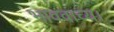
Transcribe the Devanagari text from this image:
भाववाच्य।